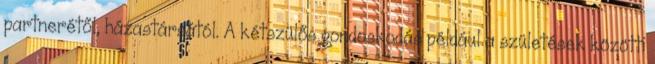
partnerétől, házastársától. A kétszülős gondoskodás például a születések közötti